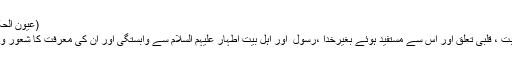
(عیون الحکم و المواعظ،صفحہ٤٧٨)
قرآن مجید سے شغف،محبت ، قلبی تعلق اور اس سے مستفید ہوئے بغیرخدا ،رسول ۖ اور اہل بیت اطہار علیہم السلام سے وابستگی اور ان کی معرفت کا شعور و احساس پانا ناممکن ہے !